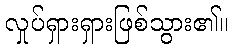
လှုပ်ရှားရှားဖြစ်သွား၏။